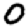
Digit: 0